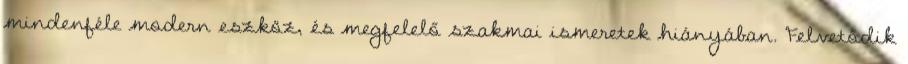
mindenféle modern eszköz, és megfelelő szakmai ismeretek hiányában. Felvetődik